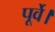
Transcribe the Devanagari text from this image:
पूर्वे।